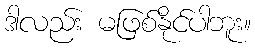
ဒါလည်း မဖြစ်နိုင်ပါဘူး။